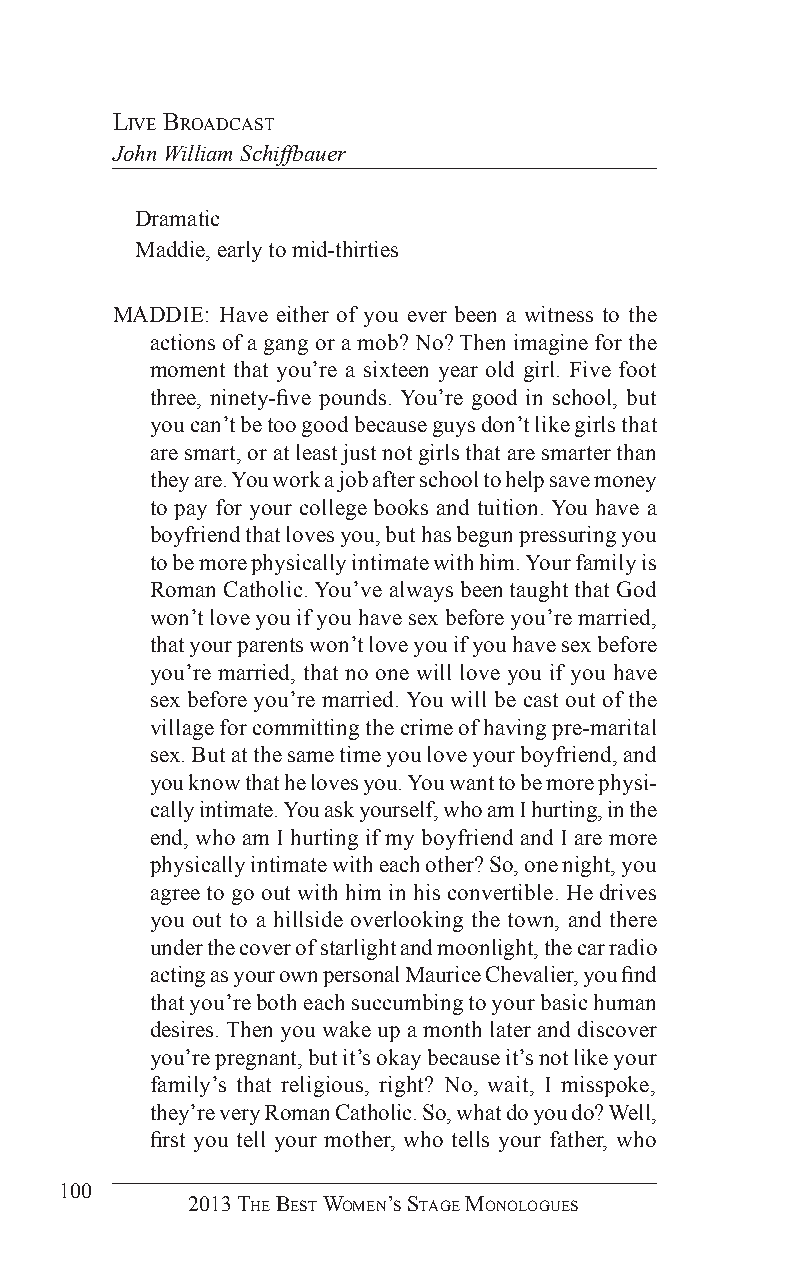
live BroadCasT
 John William Schiffbauer
 Dramatic
 Maddie, early to mid-thirties
 MADDIE: Have either of you ever been a witness to the
 actions of a gang or a mob? No? Then imagine for the
 moment that you’re a sixteen year old girl. Five foot
 three, ninety-five pounds. You’re good in school, but
 you can’t be too good because guys don’t like girls that
 are smart, or at least just not girls that are smarter than
 they are. You work a job after school to help save money
 to pay for your college books and tuition. You have a
 boyfriend that loves you, but has begun pressuring you
 to be more physically intimate with him. Your family is
 Roman Catholic. You’ve always been taught that God
 won’t love you if you have sex before you’re married,
 that your parents won’t love you if you have sex before
 you’re married, that no one will love you if you have
 sex before you’re married. You will be cast out of the
 village for committing the crime of having pre-marital
 sex. But at the same time you love your boyfriend, and
 you know that he loves you. You want to be more physi-
 cally intimate. You ask yourself, who am I hurting, in the
 end, who am I hurting if my boyfriend and I are more
 physically intimate with each other? So, one night, you
 agree to go out with him in his convertible. He drives
 you out to a hillside overlooking the town, and there
 under the cover of starlight and moonlight, the car radio
 acting as your own personal Maurice Chevalier, you find
 that you’re both each succumbing to your basic human
 desires. Then you wake up a month later and discover
 you’re pregnant, but it’s okay because it’s not like your
 family’s that religious, right? No, wait, I misspoke,
 they’re very Roman Catholic. So, what do you do? Well,
 first you tell your mother, who tells your father, who
 100
 2013 The BesT Women’s sTage monologues